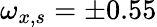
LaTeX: \omega_{x,s}=\pm 0.55